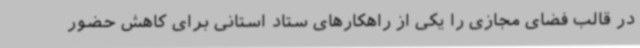
در قالب فضای مجازی را یکی از راهکارهای ستاد استانی برای کاهش حضور